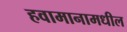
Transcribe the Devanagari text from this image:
हवामानामधील